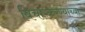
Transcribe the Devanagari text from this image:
विचारकरण्याच्या